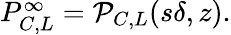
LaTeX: \begin{array}{r}{P_{C,L}^{\infty}={\cal P}_{C,L}(s\delta,z).}\end{array}